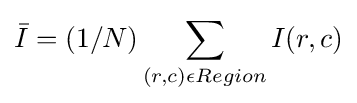
{\bar {I}}=(1/N)\sum _{(r,c)\epsilon Region}I(r,c)